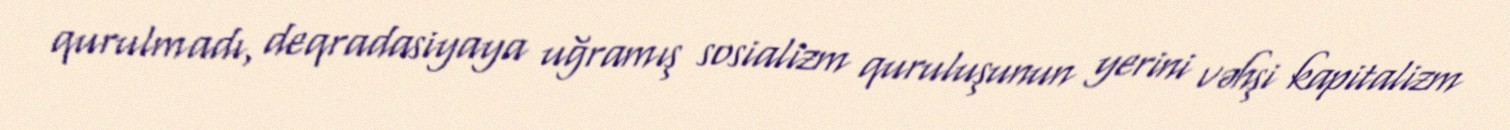
qurulmadı, deqradasiyaya uğramış sosializm quruluşunun yerini vəhşi kapitalizm